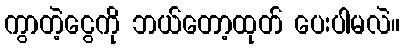
ကွာတဲ့ငွေကို ဘယ်တော့ထုတ် ပေးပါမလဲ။